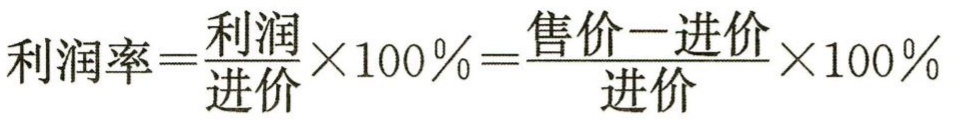
\(利润率=\frac{利润}{进价}\times100\%=\frac{售价 - 进价}{进价}\times100\%\)